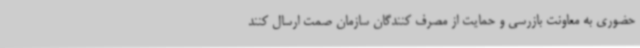
حضوری به معاونت بازرسی و حمایت از مصرف کنندگان سازمان صمت ارسال کنند